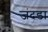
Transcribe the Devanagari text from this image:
जंदडा